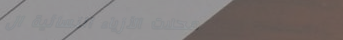
محلات الأزياء النسائية ال